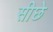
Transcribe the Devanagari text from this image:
सीछे